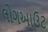
લોગઆઉટ